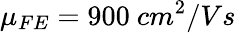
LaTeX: \mu_{FE}=900\ cm^{2}/Vs